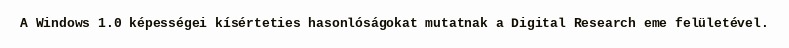
A Windows 1.0 képességei kísérteties hasonlóságokat mutatnak a Digital Research eme felületével.